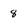
Character: 8